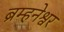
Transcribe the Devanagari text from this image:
ब्रम्हनेश्वर